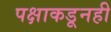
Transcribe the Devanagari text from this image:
पक्षाकडूनही